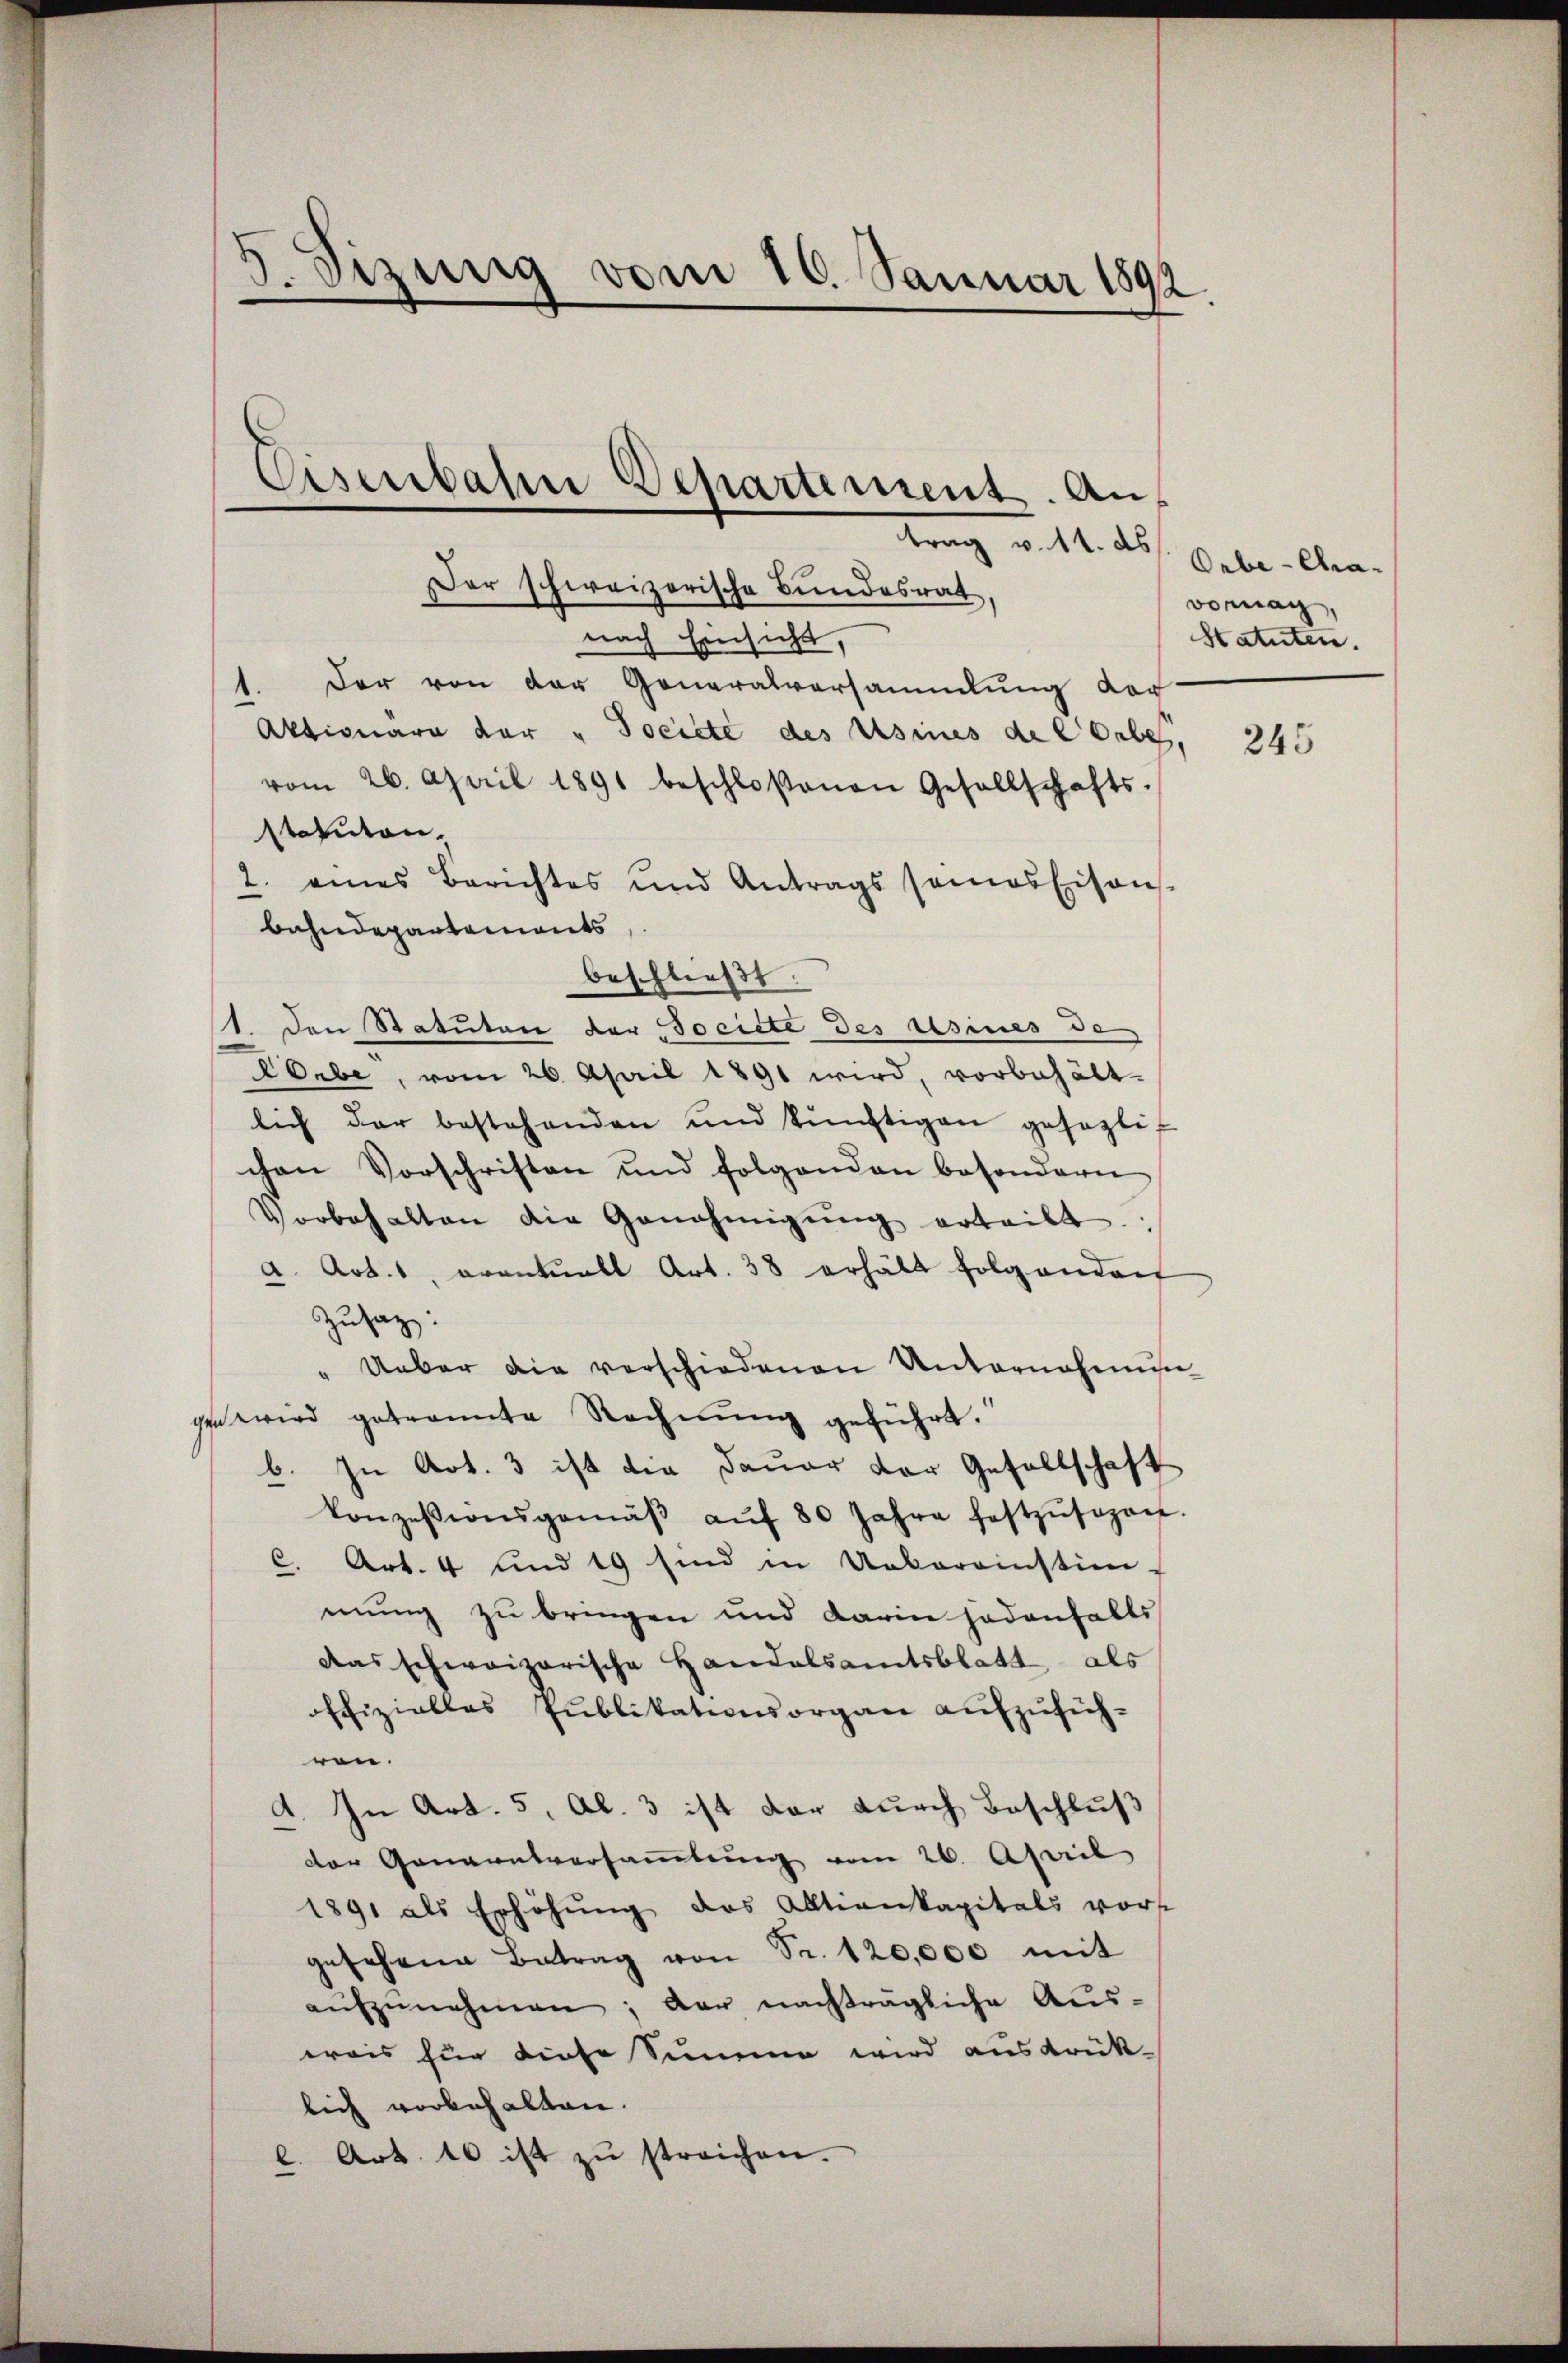
)
dizinig vom 10. Januar 1892.
Eisenbahne Departement. An
trag d. 11. ds

Der schweizerische Bundesrat,
nach Einsicht.
1. Der von der Generalversammlung der
Aktionare der "Societe des Usines de lebe,
vom 26. April 1891 beschloßenen Gesellschafts-
Nation,
2. eines Berichtes und Antrags semosEisons-
bahndepartements
beschließt:
1. Den Statuten der Societe des usines de
KOrbe, vom 26. April 1891 wird, vorbehält-
lich der bestehenden und künftigen gesezlif
chen Vorschriften und folgenden besondern
Vorbehalten die Genehmigŭng erteilt.
a. Art. 1, eventuell Art. 38 erhält folgendent
Zusaz:
Ueber die verschiedenen Unternohmen
ge wird getrannte Rechnŭng geführt.
b. In Art. 3 ist die Dauer der Gesellschaft
Conzessionsgemäβ aŭf 80 Jahre festzŭsogen.
C. Art. 4 und 19 sind in Uebereinstien
mung zu bringen und darin jedenfalls
das schweizerische Handalsamtsblatt, als
offizielles Publikationsorgan aŭfzŭfüh-
ren.
4. In Art. 5, Al. 3 ist der durch Beschluß
der Genanntversammlung vom 26. April
1891 als Erhöhŭng des Alltiankapitals vorst
gesehene Betrag von Fr. 120,000 mit
aŭfzŭnehmen; der nachträgliche Aus-
weis für diese Summe wird ausdrük-
lich vorbehalten.
l. Art. 16 ist zŭ streichen.

Orbe- Cha-
vornach,
Statuten.

245